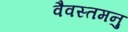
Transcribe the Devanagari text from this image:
वैवस्तमनु